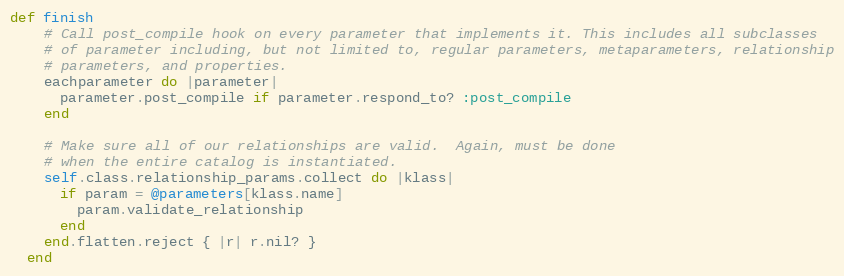
Language: Ruby
def finish
    # Call post_compile hook on every parameter that implements it. This includes all subclasses
    # of parameter including, but not limited to, regular parameters, metaparameters, relationship
    # parameters, and properties.
    eachparameter do |parameter|
      parameter.post_compile if parameter.respond_to? :post_compile
    end

    # Make sure all of our relationships are valid.  Again, must be done
    # when the entire catalog is instantiated.
    self.class.relationship_params.collect do |klass|
      if param = @parameters[klass.name]
        param.validate_relationship
      end
    end.flatten.reject { |r| r.nil? }
  end